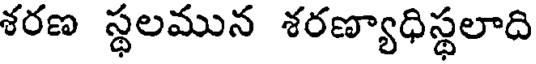
శరణ స్థలమున శరణ్యాధిస్థలాది